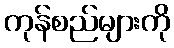
ကုန်စည်များကို